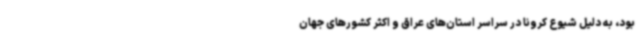
بود، به دلیل شیوع کرونا در سراسر استان‌های عراق و اکثر کشورهای جهان